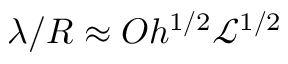
\lambda / R \approx { O h ^ { 1 / 2 } { \mathscr { L } } ^ { 1 / 2 } }